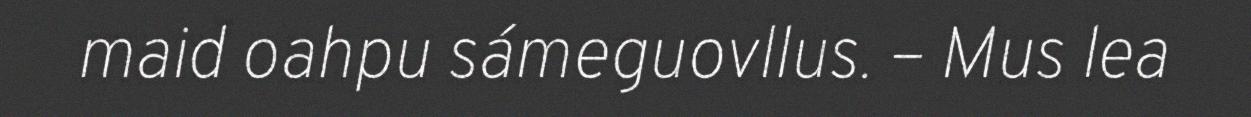
maid oahpu sámeguovllus. – Mus lea